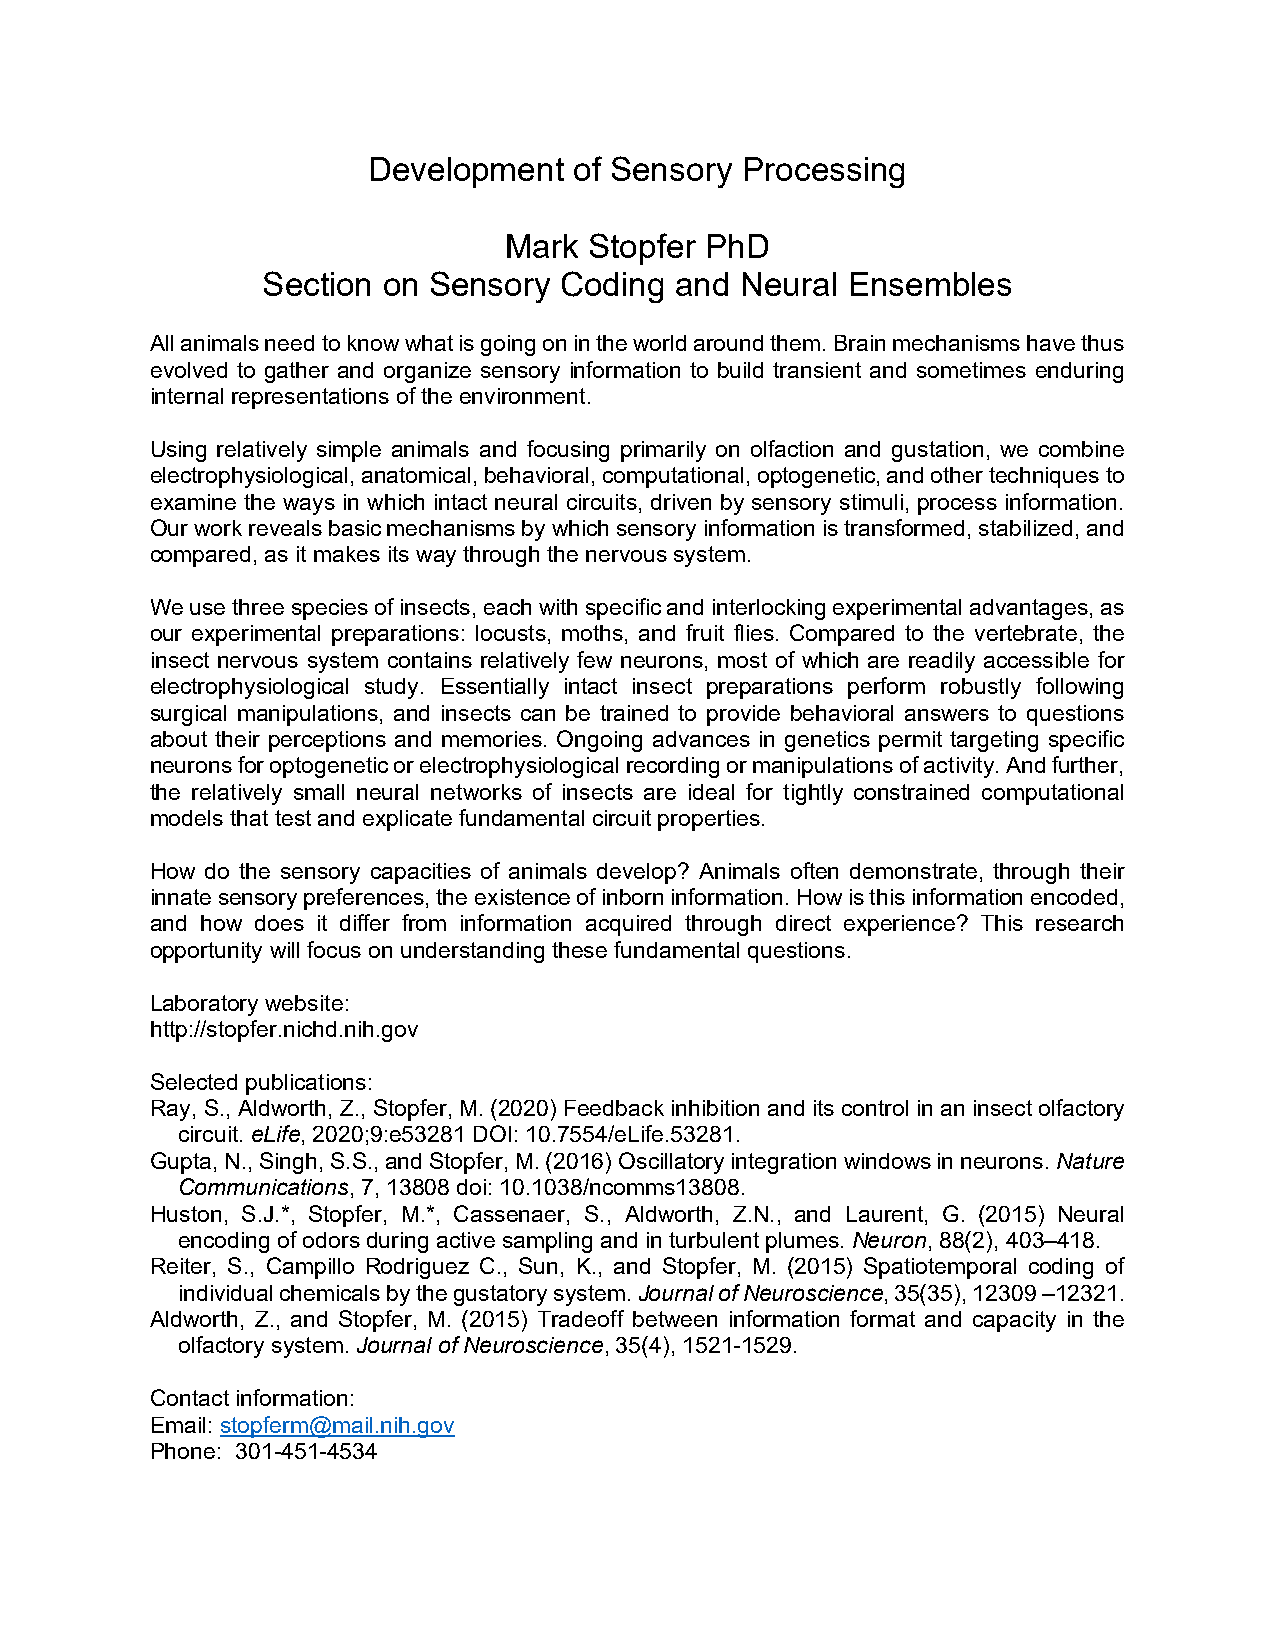
Development   of Sensory Processing
 Mark  Stopfer PhD
 Section on Sensory  Coding  and Neural Ensembles
 All animals need to know what is going on in the world around them. Brain mechanisms have thus
 evolved to gather and organize sensory information to build transient and sometimes enduring
 internal representations of the environment.
 Using relatively simple animals and focusing primarily on olfaction and gustation, we combine
 electrophysiological, anatomical, behavioral, computational, optogenetic, and other techniques to
 examine the ways in which intact neural circuits, driven by sensory stimuli, process information.
 Our work reveals basic mechanisms by which sensory information is transformed, stabilized, and
 compared, as it makes its way through the nervous system.
 We use three species of insects, each with specific and interlocking experimental advantages, as
 our experimental preparations: locusts, moths, and fruit flies. Compared to the vertebrate, the
 insect nervous system contains relatively few neurons, most of which are readily accessible for
 electrophysiological study. Essentially intact insect preparations perform robustly following
 surgical manipulations, and insects can be trained to provide behavioral answers to questions
 about their perceptions and memories. Ongoing advances in genetics permit targeting specific
 neurons for optogenetic or electrophysiological recording or manipulations of activity. And further,
 the relatively small neural networks of insects are ideal for tightly constrained computational
 models that test and explicate fundamental circuit properties.
 How do the sensory capacities of animals develop? Animals often demonstrate, through their
 innate sensory preferences, the existence of inborn information. How is this information encoded,
 and how does it differ from information acquired through direct experience? This research
 opportunity will focus on understanding these fundamental questions.
 Laboratory website:
 http://stopfer.nichd.nih.gov
 Selected publications:
 Ray, S., Aldworth, Z., Stopfer, M. (2020) Feedback inhibition and its control in an insect olfactory
 circuit. eLife, 2020;9:e53281 DOI: 10.7554/eLife.53281.
 Gupta, N., Singh, S.S., and Stopfer, M. (2016) Oscillatory integration windows in neurons. Nature
 Communications, 7, 13808 doi: 10.1038/ncomms13808.
 Huston, S.J.*, Stopfer, M.*, Cassenaer, S., Aldworth, Z.N., and Laurent, G. (2015) Neural
 encoding of odors during active sampling and in turbulent plumes. Neuron, 88(2), 403–418.
 Reiter, S., Campillo Rodriguez C., Sun, K., and Stopfer, M. (2015) Spatiotemporal coding of
 individual chemicals by the gustatory system. Journal of Neuroscience, 35(35), 12309 –12321.
 Aldworth, Z., and Stopfer, M. (2015) Tradeoff between information format and capacity in the
 olfactory system. Journal of Neuroscience, 35(4), 1521-1529.
 Contact information:
 Email: stopferm@mail.nih.gov
 Phone: 301-451-4534